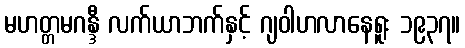
မဟတ္တမဂန္ဒီ လက်ယာဘက်နှင့် ဂျဝါဟလာနေရူး ၁၉၃၇။